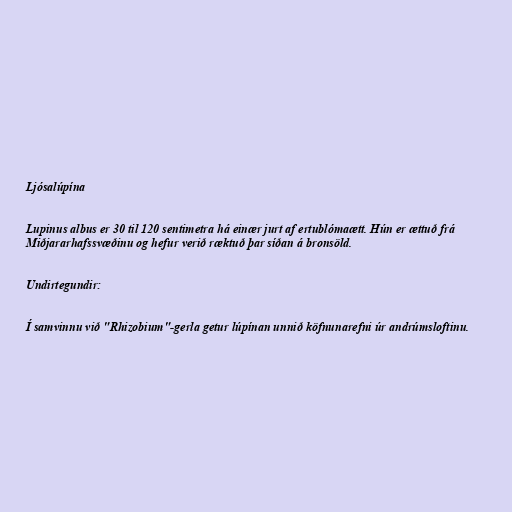
Ljósalúpína

Lupinus albus er 30 til 120 sentimetra há einær jurt af ertublómaætt. Hún er ættuð frá
Miðjararhafssvæðinu og hefur verið ræktuð þar síðan á bronsöld.

Undirtegundir:

Í samvinnu við "Rhizobium"-gerla getur lúpínan unnið köfnunarefni úr andrúmsloftinu.